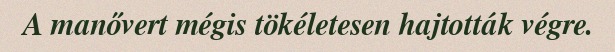
A manővert mégis tökéletesen hajtották végre.